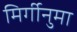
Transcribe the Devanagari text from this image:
मिर्गीनुमा